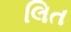
લિત